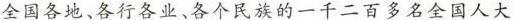
全国各地、各行各业、各个民族的一千二百多名全国人